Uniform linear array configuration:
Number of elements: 16
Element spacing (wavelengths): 0.25
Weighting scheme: uniform
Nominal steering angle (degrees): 60
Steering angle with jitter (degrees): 61.897
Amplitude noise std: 0.05
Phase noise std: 0.05

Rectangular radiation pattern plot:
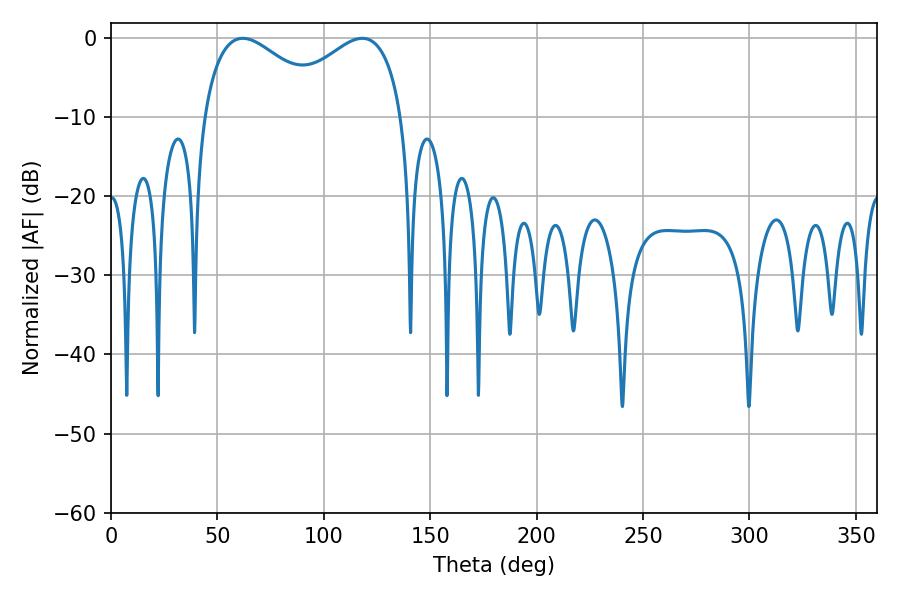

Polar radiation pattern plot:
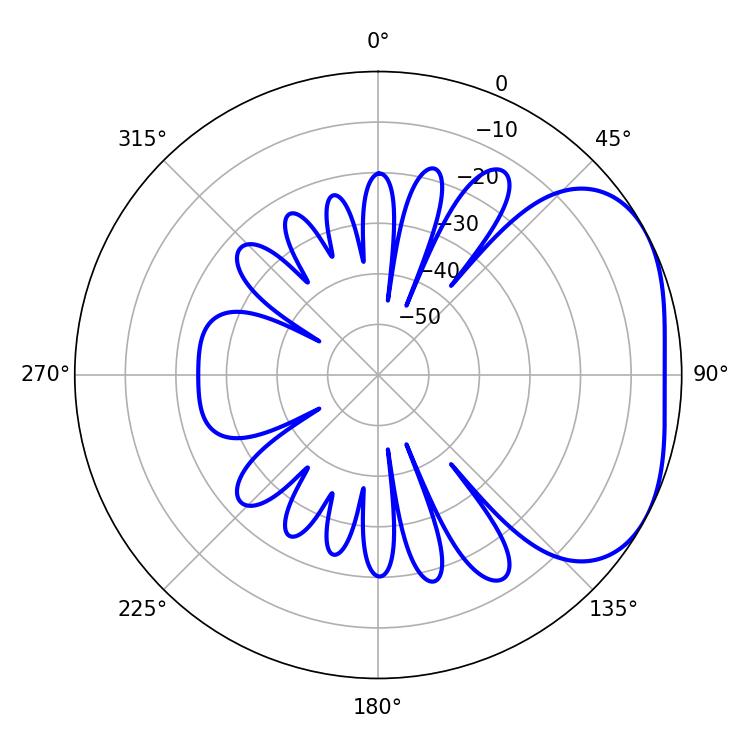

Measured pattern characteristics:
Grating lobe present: FALSE
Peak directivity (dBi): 3.115
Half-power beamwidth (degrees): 32.94
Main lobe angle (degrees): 61.92